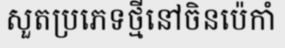
សួតប្រភេទថ្មីនៅចិនប៉េកាំ